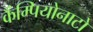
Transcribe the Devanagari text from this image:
कैंम्पियोनाटो